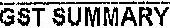
GST SUMMARY